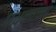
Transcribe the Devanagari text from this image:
पथकांच्या